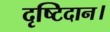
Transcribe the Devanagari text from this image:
दृष्टिदान।